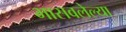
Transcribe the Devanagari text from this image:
भासवलेल्या